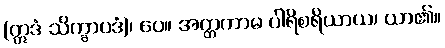
(ဣဒံ သိက္ခာပဒံ)၊ ပေ။ အတ္တကာမ ပါရိစရိယာယ၊ ယာ၏။